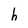
Character: h